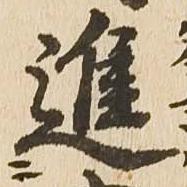
進